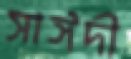
সাঈদী